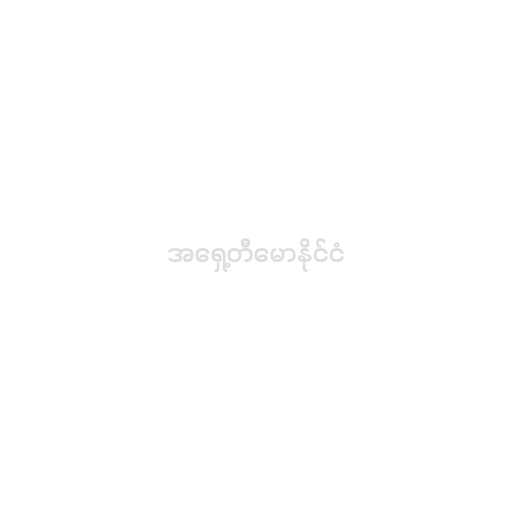
အရှေ့တီမောနိုင်ငံ